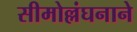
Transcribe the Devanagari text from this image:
सीमोल्लंघनाने